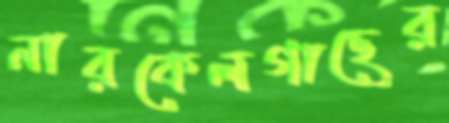
নারকেলগাছের